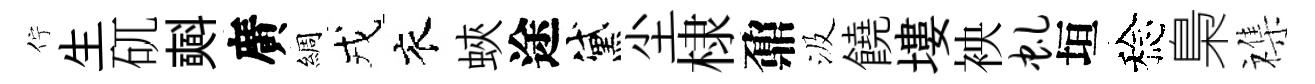
佇生矹𣂏廣綢戎衣蛺途黛尘棣鼐汲饒塿䘧虬垣稔梟襍